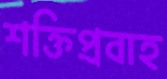
শক্তিপ্রবাহ